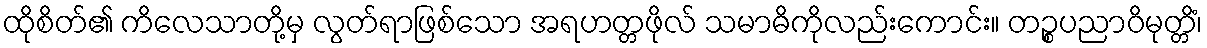
ထိုစိတ်၏ ကိလေသာတို့မှ လွတ်ရာဖြစ်သော အရဟတ္တဖိုလ် သမာဓိကိုလည်းကောင်း။ တဉ္စပညာဝိမုတ္တိံ၊